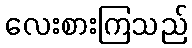
လေးစားကြသည်